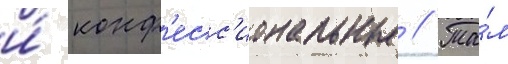
и́ конф'есс'иональные // Та́м